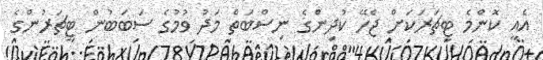
އެއީ ކޮންމެ ޓީޗަރަކަށް ޖެހޭ ކުދިންގެ ނިސްބަތް މަދު ވުމުގެ ސަބަބުން ޓީޗަރުންގެ